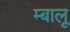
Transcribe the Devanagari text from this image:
म्बालू